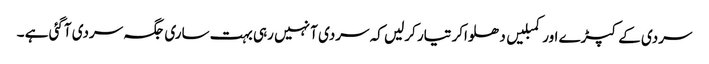
سردی کے کپڑے اور کمبلیں دھلواکر تیار کرلیں کہ سردی آ نہیں رہی بہت ساری جگہ سردی آگئی ہے ۔